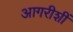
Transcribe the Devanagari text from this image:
आगरीशीं